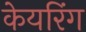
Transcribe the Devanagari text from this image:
केयरिंग